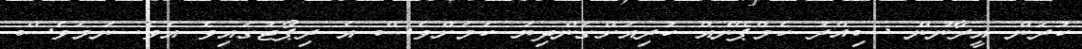
ކުރަން އީރާނުން ސިއްރު ކެމްޕޭނެއް ކުރިއަށްގެންދިޔަ ކަމަށްވެސް އެ ރިޕޯޓުގައިވެ އެވެ. ނަމަވެސް